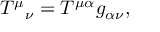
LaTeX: ( x - 1 ) ^ { 2 } + ( 1 - x ^ { 2 } ) = 1